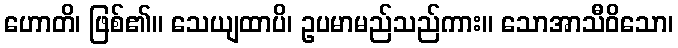
ဟောတိ၊ ဖြစ်၏။ သေယျထာပိ၊ ဥပမာမည်သည်ကား။ သောအာသီဝိသော၊